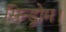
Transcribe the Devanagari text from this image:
सिन्ड्रोम।